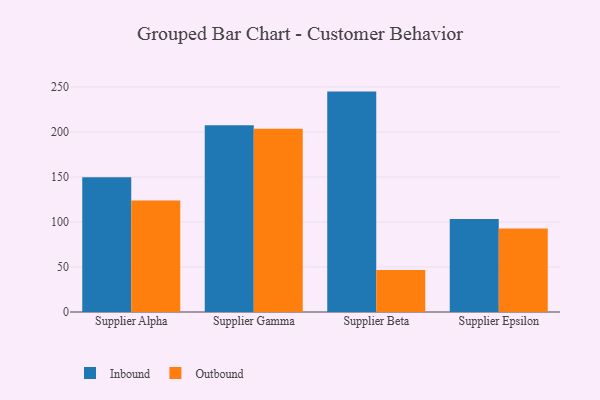
{"axis": {"x": "Supplier", "y": "Net Income (USD K)"}, "legend": ["Inbound", "Outbound"], "data": [{"x": "Supplier Alpha", "y": 149.8, "type": "Inbound"}, {"x": "Supplier Alpha", "y": 123.8, "type": "Outbound"}, {"x": "Supplier Gamma", "y": 207.5, "type": "Inbound"}, {"x": "Supplier Gamma", "y": 203.7, "type": "Outbound"}, {"x": "Supplier Beta", "y": 244.9, "type": "Inbound"}, {"x": "Supplier Beta", "y": 46.6, "type": "Outbound"}, {"x": "Supplier Epsilon", "y": 103.3, "type": "Inbound"}, {"x": "Supplier Epsilon", "y": 92.9, "type": "Outbound"}]}